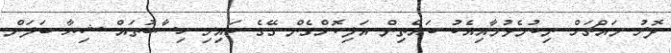
ދޮރު މައްޗަށް ނިކުމެވުމާއިއެކު ބައްތިން އަލިކޮށްގެން ގޭގެ ކައިރި ހިސާބުތައް ޝިޔާ ބަލަން